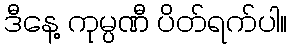
ဒီနေ့ ကုမ္ပဏီ ပိတ်ရက်ပါ။